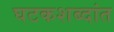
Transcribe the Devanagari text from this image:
घटकशब्दांत